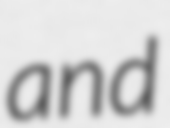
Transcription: and